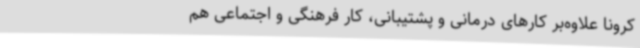
کرونا علاوه‌بر کارهای درمانی و پشتیبانی، کار فرهنگی و اجتماعی هم